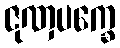
ဇုဏှပက္ခေ